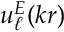
u _ { \ell } ^ { E } ( k r )